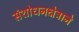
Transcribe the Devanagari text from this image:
संशोधनक्षेत्राने